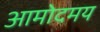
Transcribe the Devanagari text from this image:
आमोदमय